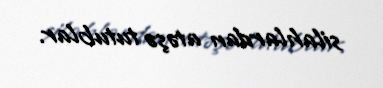
silahlardan atəşə tutublar.